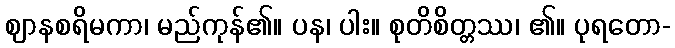
ဈာနစရိမကာ၊ မည်ကုန်၏။ ပန၊ ပါး။ စုတိစိတ္တဿ၊ ၏။ ပုရတော-